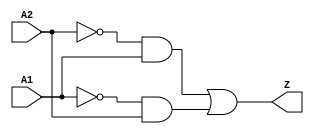
// Copyright 2022 GlobalFoundries PDK Authors
//
// Licensed under the Apache License, Version 2.0 (the "License");
// you may not use this file except in compliance with the License.
// You may obtain a copy of the License at
//
//      http://www.apache.org/licenses/LICENSE-2.0
//
// Unless required by applicable law or agreed to in writing, software
// distributed under the License is distributed on an "AS IS" BASIS,
// WITHOUT WARRANTIES OR CONDITIONS OF ANY KIND, either express or implied.
// See the License for the specific language governing permissions and
// limitations under the License.

module gf180mcu_fd_sc_mcu9t5v0__xor2_4( A2, A1, Z );
input A1, A2;
output Z;

	wire A2_inv_for_gf180mcu_fd_sc_mcu9t5v0__xor2_4;

	not MGM_BG_0( A2_inv_for_gf180mcu_fd_sc_mcu9t5v0__xor2_4, A2 );

	wire Z_row1;

	and MGM_BG_1( Z_row1, A2_inv_for_gf180mcu_fd_sc_mcu9t5v0__xor2_4, A1 );

	wire A1_inv_for_gf180mcu_fd_sc_mcu9t5v0__xor2_4;

	not MGM_BG_2( A1_inv_for_gf180mcu_fd_sc_mcu9t5v0__xor2_4, A1 );

	wire Z_row2;

	and MGM_BG_3( Z_row2, A1_inv_for_gf180mcu_fd_sc_mcu9t5v0__xor2_4, A2 );

	or MGM_BG_4( Z, Z_row1, Z_row2 );

endmodule